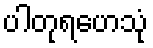
ပါတုရဟေသုံ